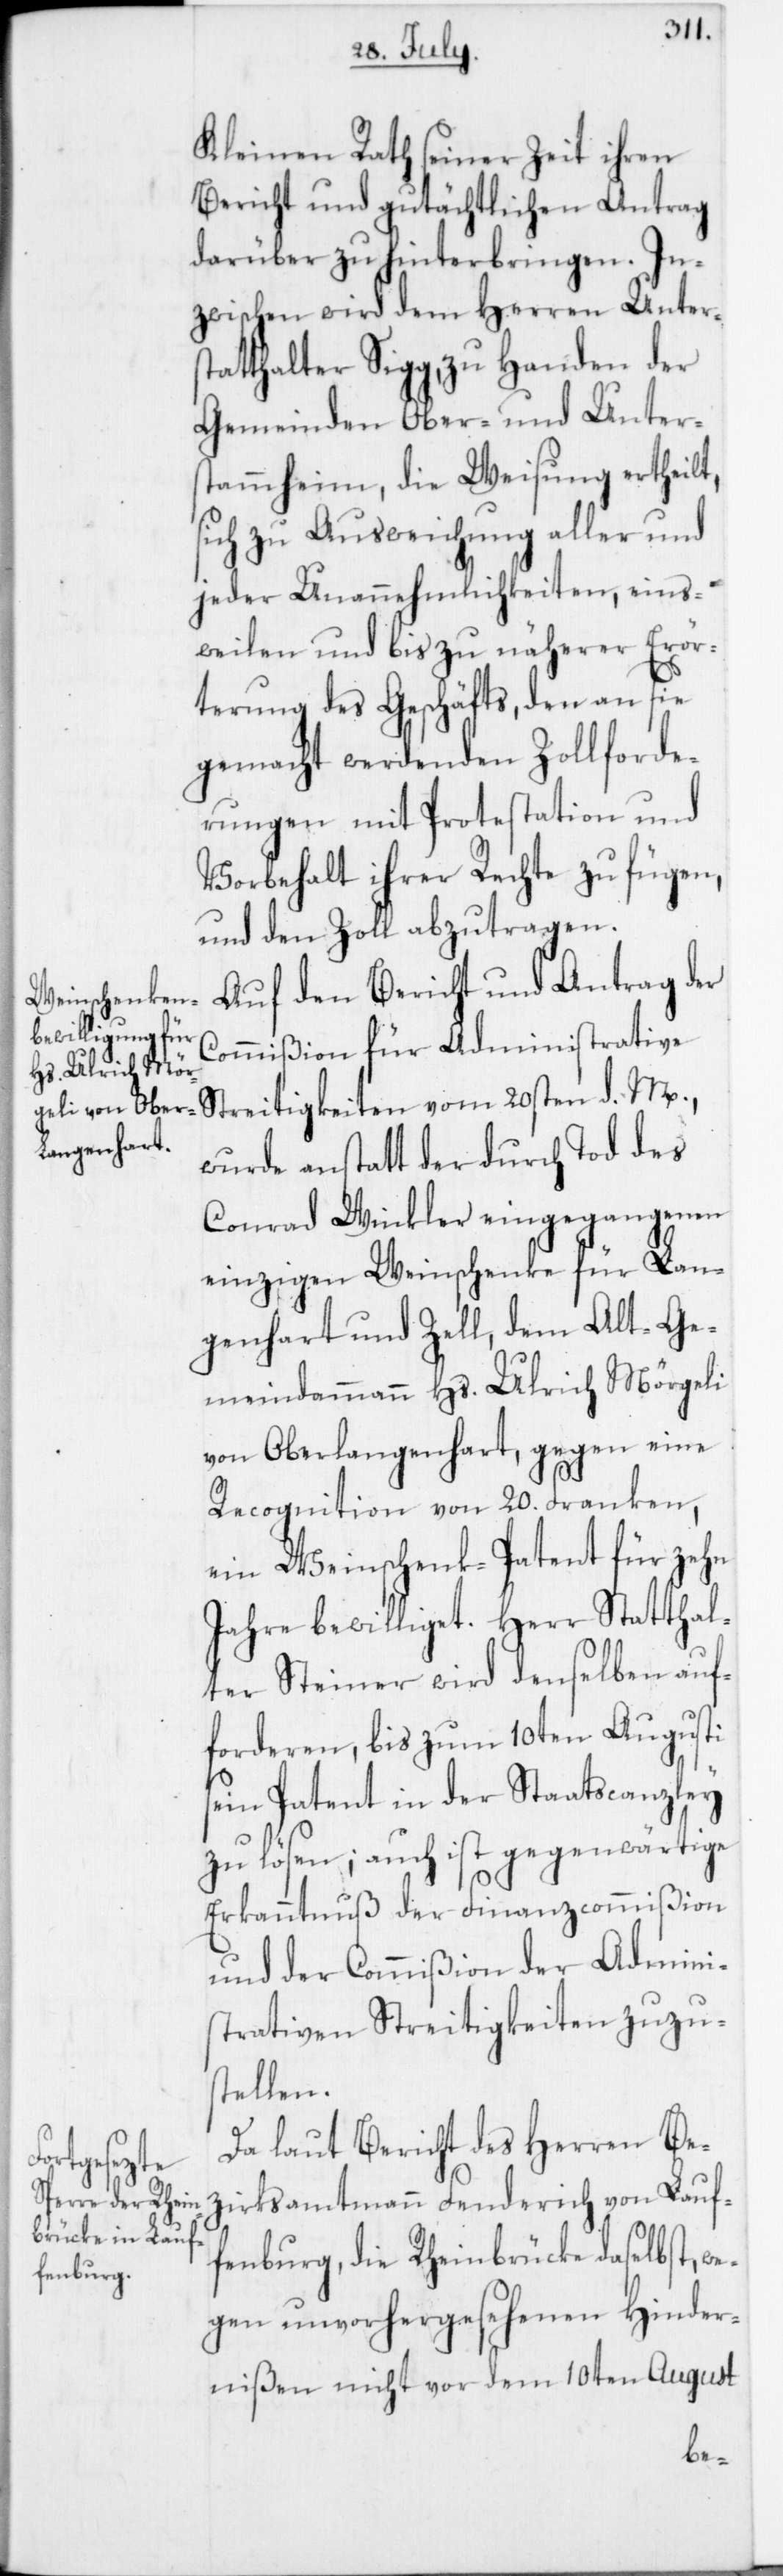
Kleinen Rath seiner Zeit ihren
Bericht und gutächtlichen Antrag
darüber zu hinterbringen. In¬
zwischen wird dem Herren Unters¬
tatthalter Sigg zu Handen der
Gemeinden Ober- und Unters¬
tammheim die Weisung ertheilt,
sich zu Ausweichung aller und
jeder Unannehmlichkeiten, einst¬
weilen und bis zu näherer Erör¬
terung des Geschäfts, den an sie
gemacht werdenden Zollforde¬
rungen mit Protestation und
Vorbehalt ihrer Rechte zu fügen
und den Zoll abzutragen.
Auf den Bericht und Antrag der
Commißion für administrative
Streitigkeiten vom 20sten d. M.,
wurde anstatt der durch Tod des
Conrad Winkler eingegangenen
einzigen Weinschenke für Lan¬
genhart und Zell, dem Alt-Ge¬
meindammann Hs. Ulrich Mörgeli
von Oberlangenhart, gegen eine
Recognition von 20. Franken,
ein Weinschenk-Patent für zehn
Jahre bewilliget. Herr Statthal¬
ter Steiner wird denselben auf¬
forderen, bis zum 10ten Augusti
sein Patent in der Staatscanzley
zu lösen; auch ist gegenwärtige
Erkanntnuß der Finanzcommißion
und der Commißion der Admini¬
strativen Streitigkeiten zuzu¬
stellen.
Da laut Bericht des Herren Be¬
zirksamtmann Fenderich von Lauf¬
enburg, die Rheinbrücke daselbst, we¬
gen unvorhergesehenen Hinder¬
nißen nicht vor dem 10ten August